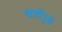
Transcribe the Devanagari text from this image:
ऋषींपुढे